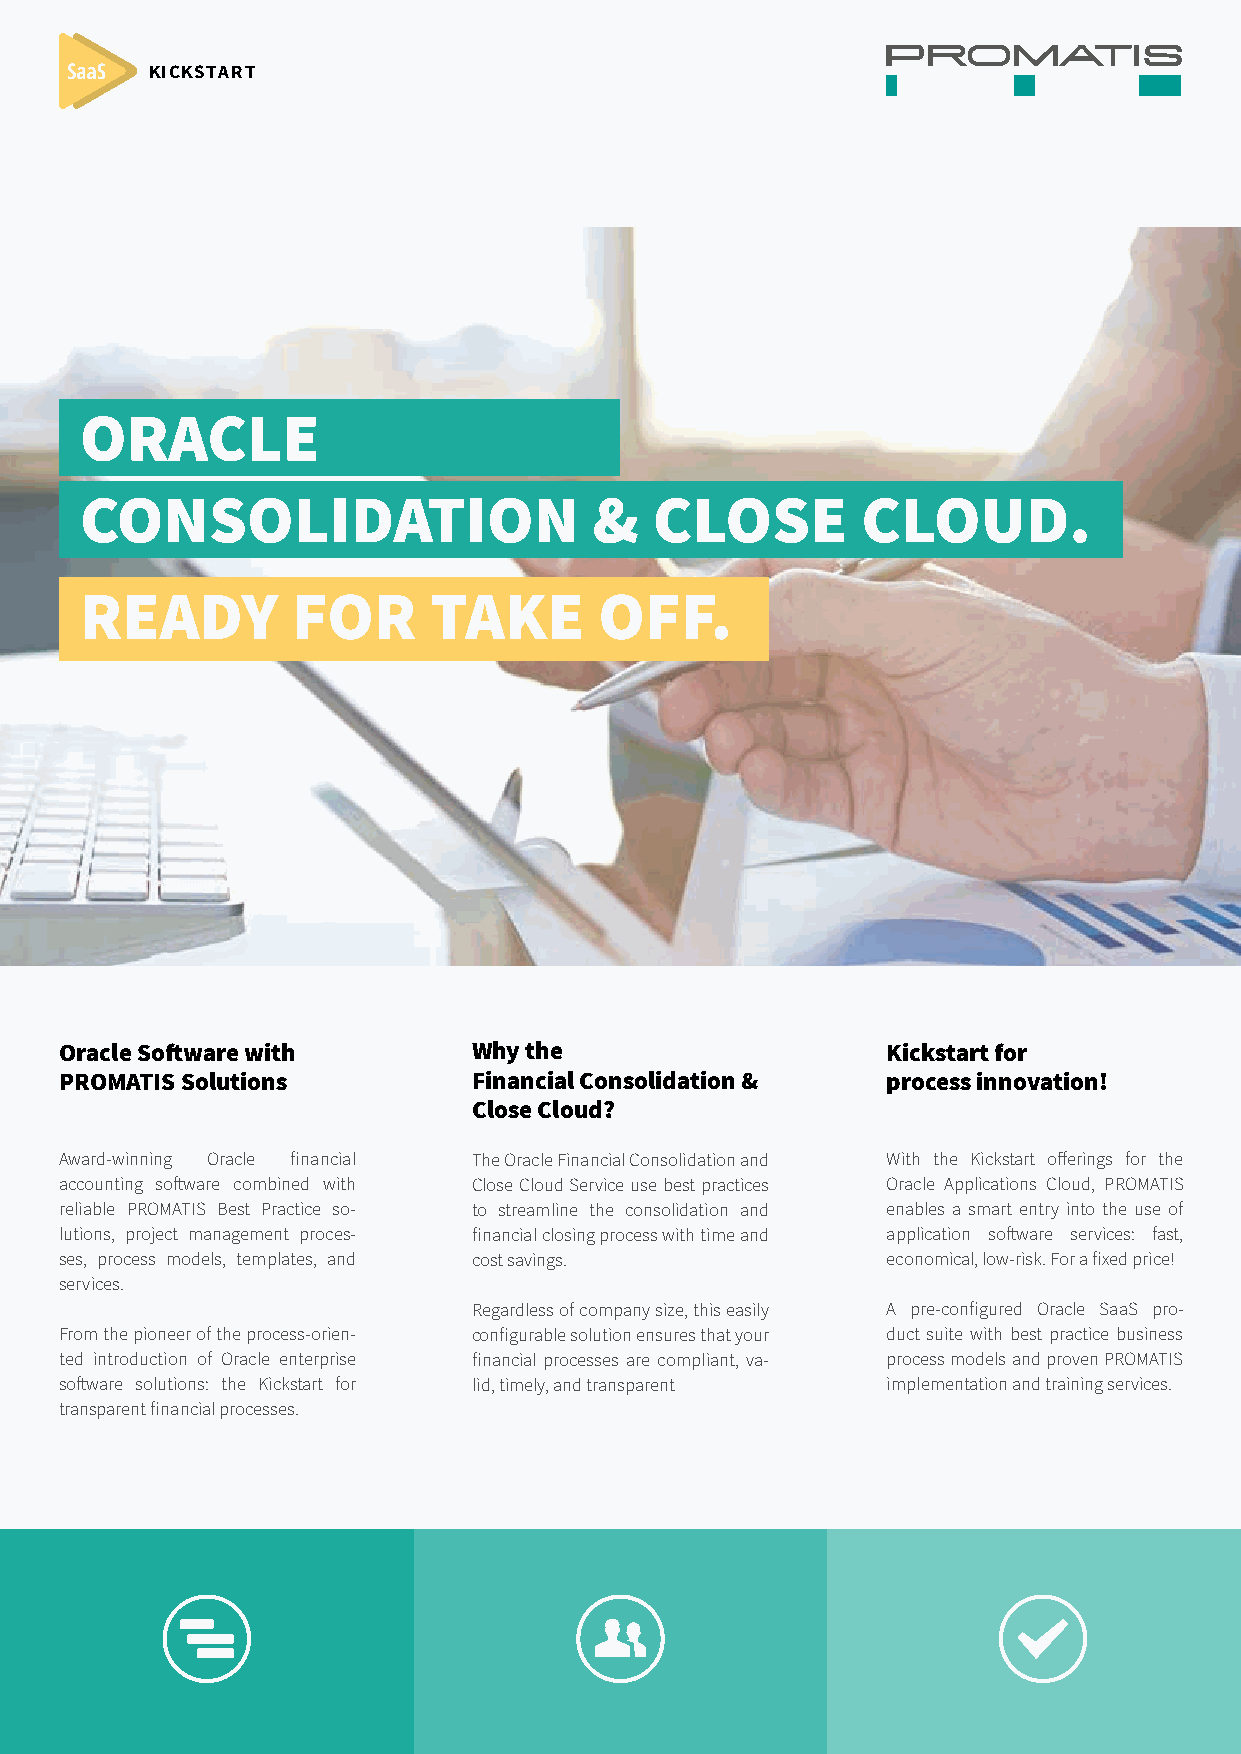
KICKSTART
 ORACLE
 CONSOLIDATION                     &   CLOSE         CLOUD.
 READY         FOR      TAKE        OFF.
 Oracle Software with       Why the                     Kickstart for
 PROMATIS Solutions         Financial Consolidation &   process innovation!
 Close Cloud?
 Award-winning Oracle financial The Oracle Financial Consolidation and With the Kickstart offerings for the
 accounting software combined with Close Cloud Service use best practices Oracle Applications Cloud, PROMATIS
 reliable PROMATIS Best Practice so- to streamline the consolidation and enables a smart entry into the use of
 lutions, project management proces- financial closing process with time and application software services: fast,
 ses, process models, templates, and cost savings.      economical, low-risk. For a fixed price!
 services.
 Regardless of company size, this easily A pre-configured Oracle SaaS pro-
 From the pioneer of the process-orien- configurable solution ensures that your duct suite with best practice business
 ted introduction of Oracle enterprise financial processes are compliant, va- process models and proven PROMATIS
 software solutions: the Kickstart for lid, timely, and transparent implementation and training services.
 transparent financial processes.